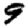
Digit: 9